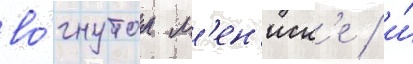
во́гнутом м'ен'иск'е / и́